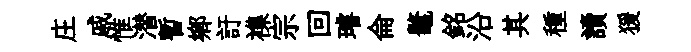
庄戚惟潜暫鄉訏襍宗回璿侖鼇銘沿其種讀猨